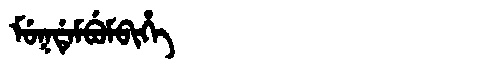
Manchu: ᠮᡠᡴᡩᡝᠮᠪᡠᠮᠪᡳᡥᡝ
Romanization: MUKDEMBUMBIHE